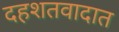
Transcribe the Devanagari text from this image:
दहशतवादात